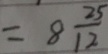
= 8 \frac { 2 5 } { 1 2 }